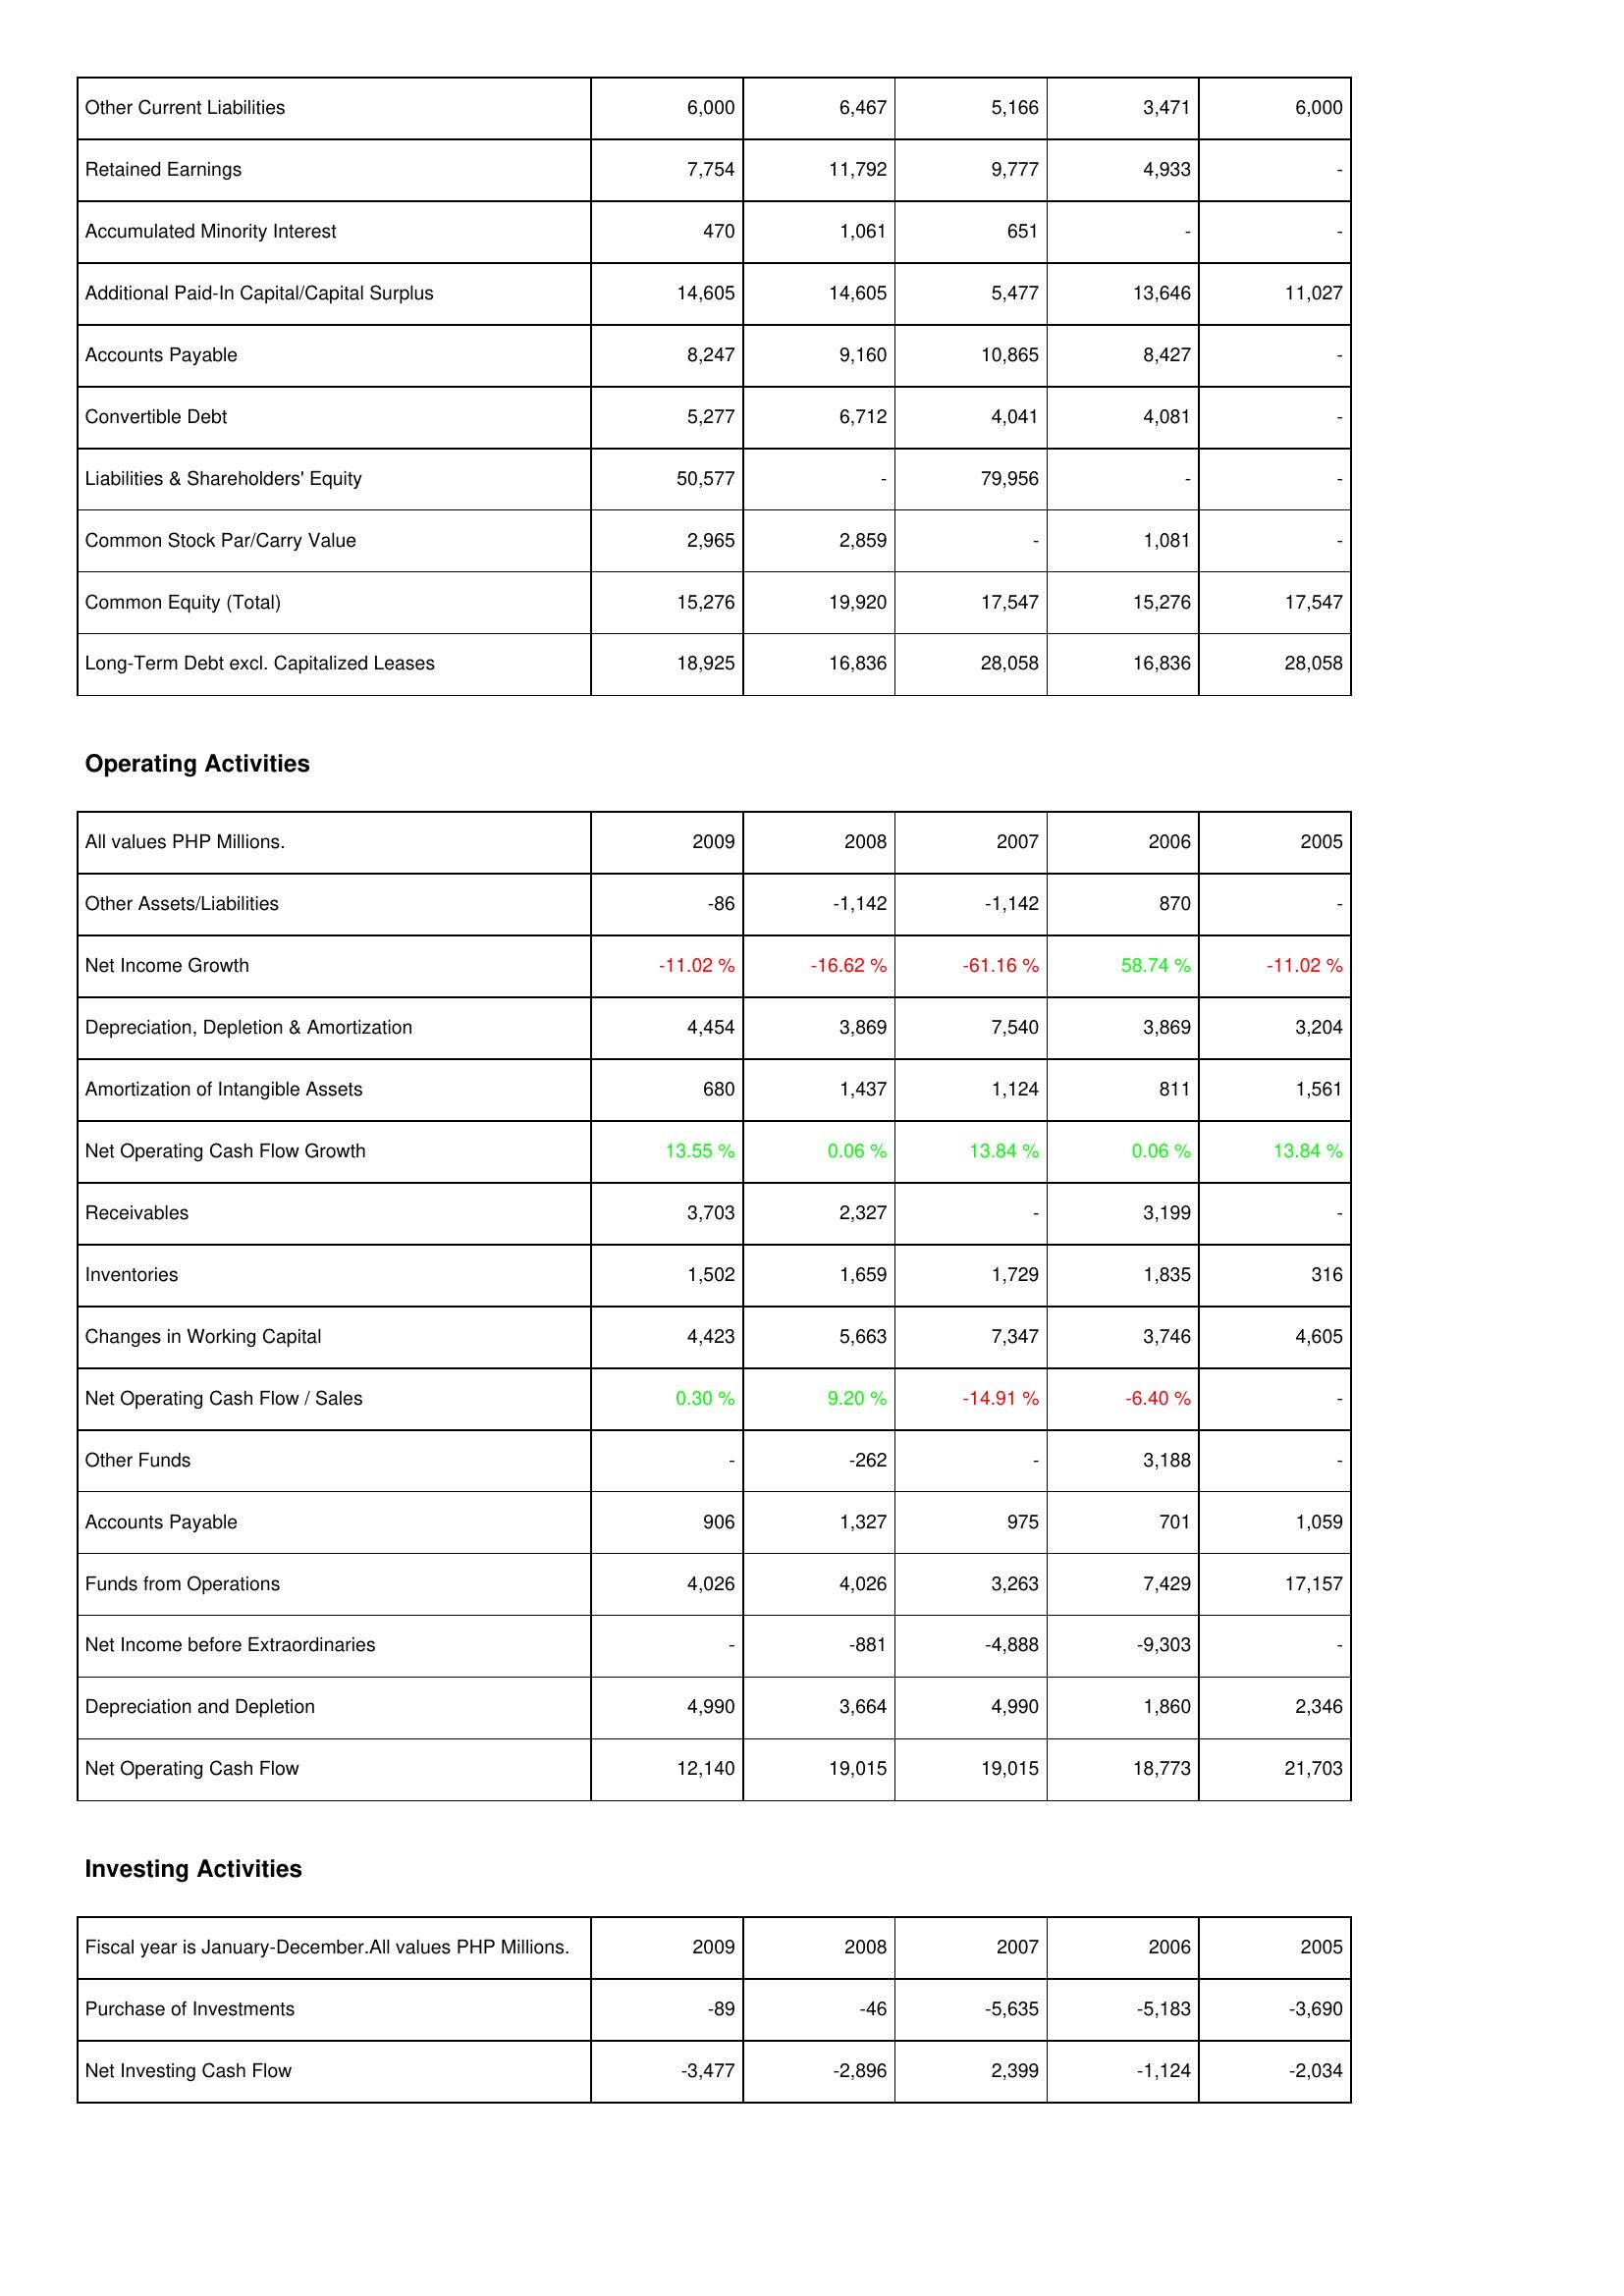
2009: Liabilities & Shareholders' Equity: Other Current Liabilities: 6,000
Retained Earnings: 7,754
Accumulated Minority Interest: 470
Additional Paid-In Capital/Capital Surplus: 14,605
Accounts Payable: 8,247
Convertible Debt: 5,277
Liabilities & Shareholders' Equity: 50,577
Common Stock Par/Carry Value: 2,965
Common Equity (Total): 15,276
Long-Term Debt excl. Capitalized Leases: 18,925
Operating Activities: Other Assets/Liabilities: -86
Net Income Growth: -11.02 %
Depreciation, Depletion & Amortization: 4,454
Amortization of Intangible Assets: 680
Net Operating Cash Flow Growth: 13.55 %
Receivables: 3,703
Inventories: 1,502
Changes in Working Capital: 4,423
Net Operating Cash Flow / Sales: 0.30 %
Other Funds: -
Accounts Payable: 906
Funds from Operations: 4,026
Net Income before Extraordinaries: -
Depreciation and Depletion: 4,990
Net Operating Cash Flow: 12,140
Investing Activities: Purchase of Investments: -89
Net Investing Cash Flow: -3,477
2008: Liabilities & Shareholders' Equity: Other Current Liabilities: 6,467
Retained Earnings: 11,792
Accumulated Minority Interest: 1,061
Additional Paid-In Capital/Capital Surplus: 14,605
Accounts Payable: 9,160
Convertible Debt: 6,712
Liabilities & Shareholders' Equity: -
Common Stock Par/Carry Value: 2,859
Common Equity (Total): 19,920
Long-Term Debt excl. Capitalized Leases: 16,836
Operating Activities: Other Assets/Liabilities: -1,142
Net Income Growth: -16.62 %
Depreciation, Depletion & Amortization: 3,869
Amortization of Intangible Assets: 1,437
Net Operating Cash Flow Growth: 0.06 %
Receivables: 2,327
Inventories: 1,659
Changes in Working Capital: 5,663
Net Operating Cash Flow / Sales: 9.20 %
Other Funds: -262
Accounts Payable: 1,327
Funds from Operations: 4,026
Net Income before Extraordinaries: -881
Depreciation and Depletion: 3,664
Net Operating Cash Flow: 19,015
Investing Activities: Purchase of Investments: -46
Net Investing Cash Flow: -2,896
2007: Liabilities & Shareholders' Equity: Other Current Liabilities: 5,166
Retained Earnings: 9,777
Accumulated Minority Interest: 651
Additional Paid-In Capital/Capital Surplus: 5,477
Accounts Payable: 10,865
Convertible Debt: 4,041
Liabilities & Shareholders' Equity: 79,956
Common Stock Par/Carry Value: -
Common Equity (Total): 17,547
Long-Term Debt excl. Capitalized Leases: 28,058
Operating Activities: Other Assets/Liabilities: -1,142
Net Income Growth: -61.16 %
Depreciation, Depletion & Amortization: 7,540
Amortization of Intangible Assets: 1,124
Net Operating Cash Flow Growth: 13.84 %
Receivables: -
Inventories: 1,729
Changes in Working Capital: 7,347
Net Operating Cash Flow / Sales: -14.91 %
Other Funds: -
Accounts Payable: 975
Funds from Operations: 3,263
Net Income before Extraordinaries: -4,888
Depreciation and Depletion: 4,990
Net Operating Cash Flow: 19,015
Investing Activities: Purchase of Investments: -5,635
Net Investing Cash Flow: 2,399
2006: Liabilities & Shareholders' Equity: Other Current Liabilities: 3,471
Retained Earnings: 4,933
Accumulated Minority Interest: -
Additional Paid-In Capital/Capital Surplus: 13,646
Accounts Payable: 8,427
Convertible Debt: 4,081
Liabilities & Shareholders' Equity: -
Common Stock Par/Carry Value: 1,081
Common Equity (Total): 15,276
Long-Term Debt excl. Capitalized Leases: 16,836
Operating Activities: Other Assets/Liabilities: 870
Net Income Growth: 58.74 %
Depreciation, Depletion & Amortization: 3,869
Amortization of Intangible Assets: 811
Net Operating Cash Flow Growth: 0.06 %
Receivables: 3,199
Inventories: 1,835
Changes in Working Capital: 3,746
Net Operating Cash Flow / Sales: -6.40 %
Other Funds: 3,188
Accounts Payable: 701
Funds from Operations: 7,429
Net Income before Extraordinaries: -9,303
Depreciation and Depletion: 1,860
Net Operating Cash Flow: 18,773
Investing Activities: Purchase of Investments: -5,183
Net Investing Cash Flow: -1,124
2005: Liabilities & Shareholders' Equity: Other Current Liabilities: 6,000
Retained Earnings: -
Accumulated Minority Interest: -
Additional Paid-In Capital/Capital Surplus: 11,027
Accounts Payable: -
Convertible Debt: -
Liabilities & Shareholders' Equity: -
Common Stock Par/Carry Value: -
Common Equity (Total): 17,547
Long-Term Debt excl. Capitalized Leases: 28,058
Operating Activities: Other Assets/Liabilities: -
Net Income Growth: -11.02 %
Depreciation, Depletion & Amortization: 3,204
Amortization of Intangible Assets: 1,561
Net Operating Cash Flow Growth: 13.84 %
Receivables: -
Inventories: 316
Changes in Working Capital: 4,605
Net Operating Cash Flow / Sales: -
Other Funds: -
Accounts Payable: 1,059
Funds from Operations: 17,157
Net Income before Extraordinaries: -
Depreciation and Depletion: 2,346
Net Operating Cash Flow: 21,703
Investing Activities: Purchase of Investments: -3,690
Net Investing Cash Flow: -2,034